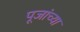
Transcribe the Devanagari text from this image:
पूजांच्या